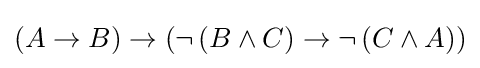
\left(A\rightarrow B\right)\rightarrow \left(\neg \left(B\wedge C\right)\rightarrow \neg \left(C\wedge A\right)\right)